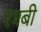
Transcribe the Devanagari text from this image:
रश्बी